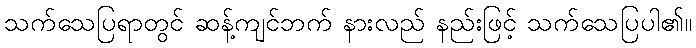
သက်သေပြရာတွင် ဆန့်ကျင်ဘက် နားလည် နည်းဖြင့် သက်သေပြပါ၏။